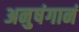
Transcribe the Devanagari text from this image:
अनुषंगानं